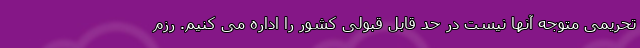
تحریمی متوجه آنها نیست در حد قابل قبولی کشور را اداره می کنیم. رزم